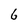
Character: 6